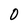
Character: 0